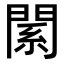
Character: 𨵆